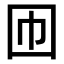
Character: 𡆫